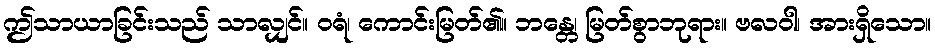
ဤသာယာခြင်းသည် သာလျှင်။ ဝရံ၊ ကောင်းမြတ်၏။ ဘန္တေ၊ မြတ်စွာဘုရား။ ဗလဝါ၊ အားရှိသော။